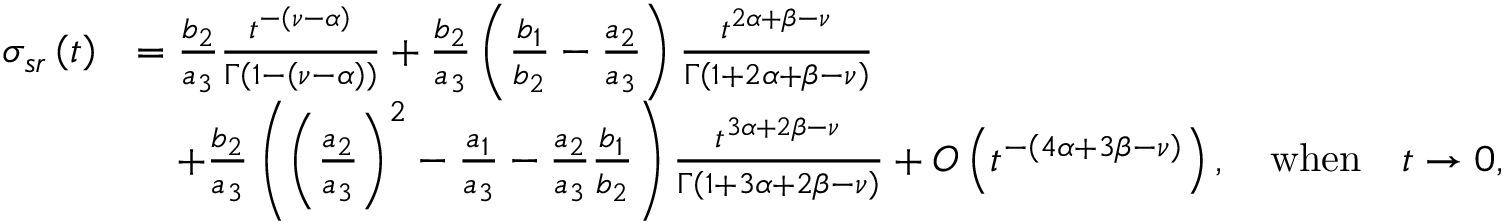
\begin{array} { r l } { \sigma _ { s r } \left( t \right) } & { = \frac { b _ { 2 } } { a _ { 3 } } \frac { t ^ { - \left( \nu - \alpha \right) } } { \Gamma \left( 1 - \left( \nu - \alpha \right) \right) } + \frac { b _ { 2 } } { a _ { 3 } } \left( \frac { b _ { 1 } } { b _ { 2 } } - \frac { a _ { 2 } } { a _ { 3 } } \right) \frac { t ^ { 2 \alpha + \beta - \nu } } { \Gamma \left( 1 + 2 \alpha + \beta - \nu \right) } } \\ & { \quad + \frac { b _ { 2 } } { a _ { 3 } } \left( \left( \frac { a _ { 2 } } { a _ { 3 } } \right) ^ { 2 } - \frac { a _ { 1 } } { a _ { 3 } } - \frac { a _ { 2 } } { a _ { 3 } } \frac { b _ { 1 } } { b _ { 2 } } \right) \frac { t ^ { 3 \alpha + 2 \beta - \nu } } { \Gamma \left( 1 + 3 \alpha + 2 \beta - \nu \right) } + O \left( t ^ { - \left( 4 \alpha + 3 \beta - \nu \right) } \right) , \quad \mathrm { w h e n } \quad t \rightarrow 0 , } \end{array}